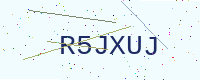
Text: R5JXUJ